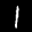
Label: 1